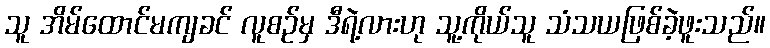
သူ အိမ်ထောင်မကျခင် လူစဉ်မှ ဒီရဲ့လားဟု သူ့ကိုယ်သူ သံသယဖြစ်ခဲ့ဖူးသည်။